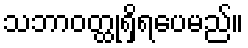
သဘာဝတ္ထုရှိရပေမည်။